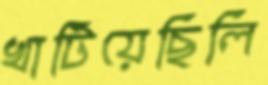
খাটিয়েছিলি